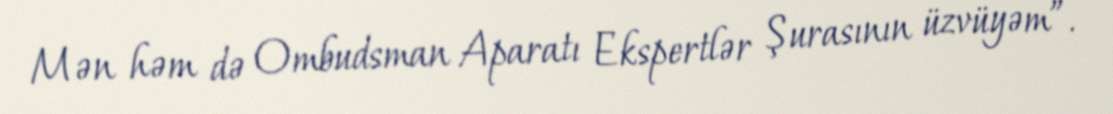
Mən həm də Ombudsman Aparatı Ekspertlər Şurasının üzvüyəm”.